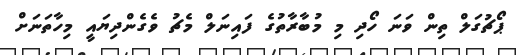
ޕޯޗުގަލް ތިން ވަނަ ހޯދި މި މުބާރާތުގެ ފައިނަލް މެޗު ވެގެންދިޔައީ މިހާތަނަށް